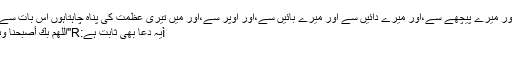
تو میری حفاظت فرما،میرے سامنے سے اور میرے پیچھے سے،اور میرے دائیں سے اور میرے بائیں سے،اور اوپر سے،اور میں تیری عظمت کی پناہ چاہتاہوں اس بات سے کہ ناگہاں اپنے نیچے سے اُچک لیا جاؤں"
ìیہ دعا بھی ثابت ہے:R"اللَّهُمَّ بِكَ أصبحنا وبِكَ أمسينَا وبِكَ نَحْيا وبكَ نَمُوتُ وإليك النُشُورُ"
"اے اللہ!